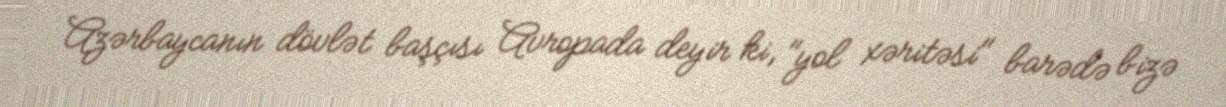
Azərbaycanın dövlət başçısı Avropada deyir ki, "yol xəritəsi" barədə bizə